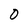
Character: 0